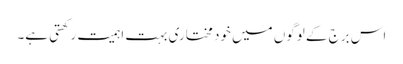
اس برج کے لوگوں میں خود مختاری بہت اہمیت رکھتی ہے۔